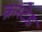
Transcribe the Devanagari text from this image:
क्रस्टेड